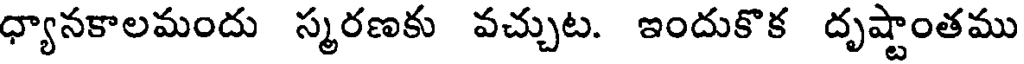
ధ్యానకాలమందు స్మరణకు వచ్చుట. ఇందుకొక దృష్టాంతము